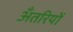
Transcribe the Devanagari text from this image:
अँतरियों